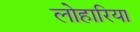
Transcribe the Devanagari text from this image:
लोहारिया